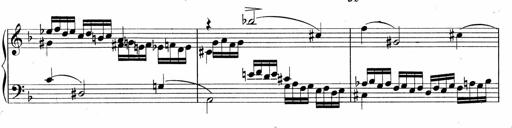
Title: Sonatina No.5
Composer: Otto Stoll
Key: F-sharp minor